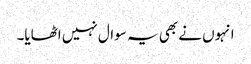
انہوں نے بھی یہ سوال نہیں اٹھایا۔